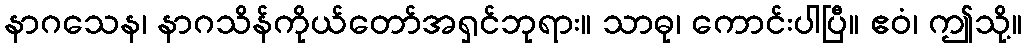
နာဂသေန၊ နာဂသိန်ကိုယ်တော်အရှင်ဘုရား။ သာဓု၊ ကောင်းပါပြီ။ ဧဝံ၊ ဤသို့။